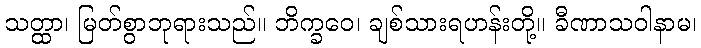
သတ္ထာ၊ မြတ်စွာဘုရားသည်။ ဘိက္ခဝေ၊ ချစ်သားရဟန်းတို့။ ခီဏာသဝါနာမ၊